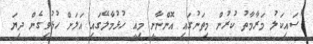
"ސައިކަލު މަރާމާތު ކުރުން މިތަނުގައި އޮންނާނީ މިއީ ހުޅުމާލޭގައި އަލަށް ހުޅުވިގެން ދިޔަ